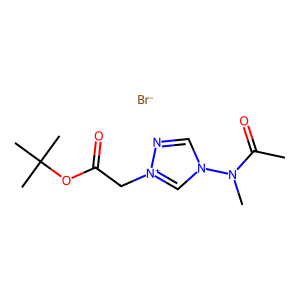
SMILES: CC(=O)N(C)n1cn[n+](CC(=O)OC(C)(C)C)c1.[Br-]
Inhibits HIV replication: No